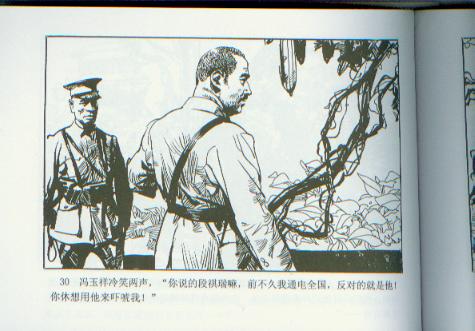
公子南桥应尽兴，将军西第几留宾。